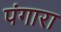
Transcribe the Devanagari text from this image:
पंगारा